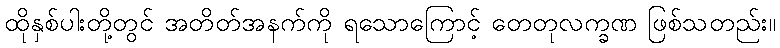
ထိုနှစ်ပါးတို့တွင် အတိတ်အနက်ကို ရသောကြောင့် တေတုလက္ခဏ ဖြစ်သတည်း။